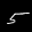
Label: 5